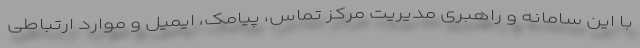
با این سامانه و راهبری مدیریت مرکز تماس، پیامک، ایمیل و موارد ارتباطی